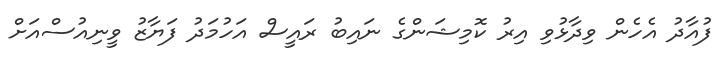
ފުއާދު އެހެން ވިދާޅުވި އިރު ކޮމިޝަންގެ ނައިބު ރައީސް އަހުމަދު ފަޔާޒު ވީނިއުސްއަށް